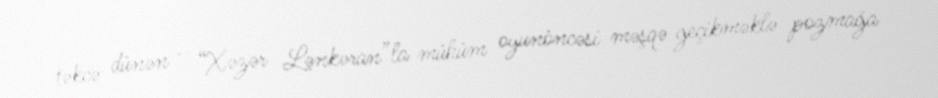
təkcə dünən – “Xəzər Lənkəran”la mühüm oyunöncəsi məşqə geçikməklə pozmağa